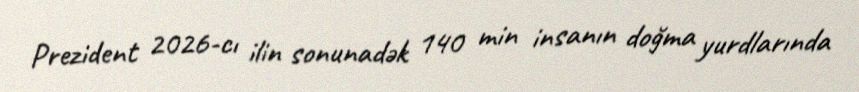
Prezident 2026-cı ilin sonunadək 140 min insanın doğma yurdlarında